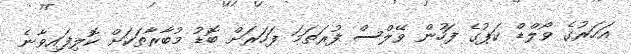
އަހަރުގެ ވޯލްޑް ކަޕުގެ ފަހުން ވޭލްސް ފުރަތަމަ ފަހަރަށް ބޮޑު މުބާރާތަކަށް ކޮލިފައިވާނެ